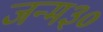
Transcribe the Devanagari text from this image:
जन्म३०